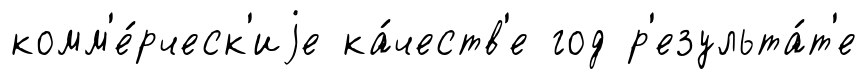
комм'е́рческ'иjе ка́честв'е год р'езульта́т'е